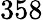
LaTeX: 358